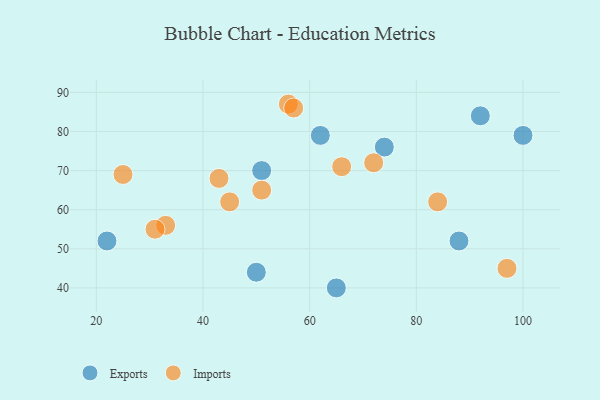
{"axis": {"x": "GDP", "y": "Life Expectancy"}, "legend": ["Exports", "Imports"], "data": [{"x": "92", "y": 84, "type": "Exports"}, {"x": "50", "y": 44, "type": "Exports"}, {"x": "22", "y": 52, "type": "Exports"}, {"x": "62", "y": 79, "type": "Exports"}, {"x": "74", "y": 76, "type": "Exports"}, {"x": "88", "y": 52, "type": "Exports"}, {"x": "51", "y": 70, "type": "Exports"}, {"x": "100", "y": 79, "type": "Exports"}, {"x": "65", "y": 40, "type": "Exports"}, {"x": "43", "y": 68, "type": "Imports"}, {"x": "33", "y": 56, "type": "Imports"}, {"x": "84", "y": 62, "type": "Imports"}, {"x": "72", "y": 72, "type": "Imports"}, {"x": "25", "y": 69, "type": "Imports"}, {"x": "66", "y": 71, "type": "Imports"}, {"x": "51", "y": 65, "type": "Imports"}, {"x": "97", "y": 45, "type": "Imports"}, {"x": "31", "y": 55, "type": "Imports"}, {"x": "45", "y": 62, "type": "Imports"}, {"x": "56", "y": 87, "type": "Imports"}, {"x": "57", "y": 86, "type": "Imports"}]}